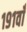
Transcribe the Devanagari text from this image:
१९१वाँ